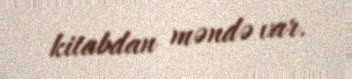
kitabdan məndə var.